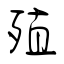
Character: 殖